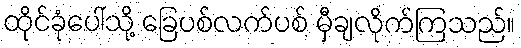
ထိုင်ခုံပေါ်သို့ ခြေပစ်လက်ပစ် မှီချလိုက်ကြသည်။